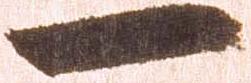
一